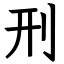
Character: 刑